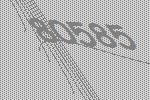
80585